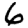
Digit: 6